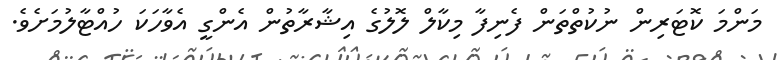
މަންމަ ކޮޓަރިން ނުކުތްތަން ފެނިފާ މިކާލް ލޮލުގެ އިޝާރާތުން އެންގީ އެވާހަކަ ހުއްޓާލުމަށެވެ.